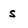
Character: s